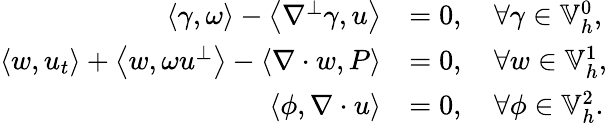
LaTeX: \begin{array}{rl}{\left\langle\gamma,\omega\right\rangle-\left\langle\nabla^{\perp}\gamma,u\right\rangle}&{=0,\quad\forall\gamma\in\mathbb{V}_{h}^{0},}\\ {\left\langle w,u_{t}\right\rangle+\left\langle w,\omega u^{\perp}\right\rangle-\left\langle\nabla\cdot w,P\right\rangle}&{=0,\quad\forall w\in\mathbb{V}_{h}^{1},}\\ {\left\langle\phi,\nabla\cdot u\right\rangle}&{=0,\quad\forall\phi\in\mathbb{V}_{h}^{2}.}\end{array}